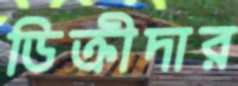
ডিক্রীদার